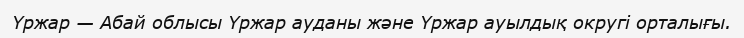
Үржар — Абай облысы Үржар ауданы және Үржар ауылдық округі орталығы.